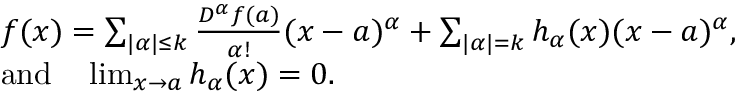
{ \begin{array} { r l } & { f ( { \boldsymbol { x } } ) = \sum _ { | \alpha | \leq k } { \frac { D ^ { \alpha } f ( { \boldsymbol { a } } ) } { \alpha ! } } ( { \boldsymbol { x } } - { \boldsymbol { a } } ) ^ { \alpha } + \sum _ { | \alpha | = k } h _ { \alpha } ( { \boldsymbol { x } } ) ( { \boldsymbol { x } } - { \boldsymbol { a } } ) ^ { \alpha } , } \\ & { { \mathrm { a n d } } \quad \operatorname* { l i m } _ { { \boldsymbol { x } } \to { \boldsymbol { a } } } h _ { \alpha } ( { \boldsymbol { x } } ) = 0 . } \end{array} }